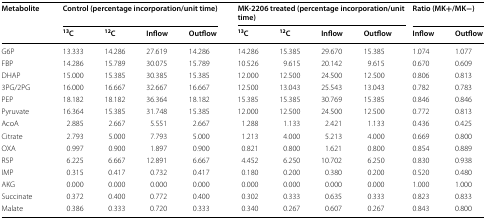
<table><thead><tr><td rowspan="2"><b>Metabolite</b></td><td colspan="4"><b>Control (percentage incorporation/unit time)</b></td><td colspan="4"><b>MK-2206 treated (percentage incorporation/unit time)</b></td><td colspan="2"><b>Ratio (MK+/MK−)</b></td></tr><tr><td><b><sup>13</sup>C</b></td><td><b><sup>12</sup>C</b></td><td><b>Inflow</b></td><td><b>Outflow</b></td><td><b><sup>13</sup>C</b></td><td><b><sup>12</sup>C</b></td><td><b>Inflow</b></td><td><b>Outflow</b></td><td><b>Inflow</b></td><td><b>Outflow</b></td></tr></thead><tbody><tr><td>G6P</td><td>13.333</td><td>14.286</td><td>27.619</td><td>14.286</td><td>14.286</td><td>15.385</td><td>29.670</td><td>15.385</td><td>1.074</td><td>1.077</td></tr><tr><td>FBP</td><td>14.286</td><td>15.789</td><td>30.075</td><td>15.789</td><td>10.526</td><td>9.615</td><td>20.142</td><td>9.615</td><td>0.670</td><td>0.609</td></tr><tr><td>DHAP</td><td>15.000</td><td>15.385</td><td>30.385</td><td>15.385</td><td>12.000</td><td>12.500</td><td>24.500</td><td>12.500</td><td>0.806</td><td>0.813</td></tr><tr><td>3PG/2PG</td><td>16.000</td><td>16.667</td><td>32.667</td><td>16.667</td><td>12.500</td><td>13.043</td><td>25.543</td><td>13.043</td><td>0.782</td><td>0.783</td></tr><tr><td>PEP</td><td>18.182</td><td>18.182</td><td>36.364</td><td>18.182</td><td>15.385</td><td>15.385</td><td>30.769</td><td>15.385</td><td>0.846</td><td>0.846</td></tr><tr><td>Pyruvate</td><td>16.364</td><td>15.385</td><td>31.748</td><td>15.385</td><td>12.000</td><td>12.500</td><td>24.500</td><td>12.500</td><td>0.772</td><td>0.813</td></tr><tr><td>AcoA</td><td>2.885</td><td>2.667</td><td>5.551</td><td>2.667</td><td>1.288</td><td>1.133</td><td>2.421</td><td>1.133</td><td>0.436</td><td>0.425</td></tr><tr><td>Citrate</td><td>2.793</td><td>5.000</td><td>7.793</td><td>5.000</td><td>1.213</td><td>4.000</td><td>5.213</td><td>4.000</td><td>0.669</td><td>0.800</td></tr><tr><td>OXA</td><td>0.997</td><td>0.900</td><td>1.897</td><td>0.900</td><td>0.821</td><td>0.800</td><td>1.621</td><td>0.800</td><td>0.854</td><td>0.889</td></tr><tr><td>R5P</td><td>6.225</td><td>6.667</td><td>12.891</td><td>6.667</td><td>4.452</td><td>6.250</td><td>10.702</td><td>6.250</td><td>0.830</td><td>0.938</td></tr><tr><td>IMP</td><td>0.315</td><td>0.417</td><td>0.732</td><td>0.417</td><td>0.180</td><td>0.200</td><td>0.380</td><td>0.200</td><td>0.520</td><td>0.480</td></tr><tr><td>AKG</td><td>0.000</td><td>0.000</td><td>0.000</td><td>0.000</td><td>0.000</td><td>0.000</td><td>0.000</td><td>0.000</td><td>1.000</td><td>1.000</td></tr><tr><td>Succinate</td><td>0.372</td><td>0.400</td><td>0.772</td><td>0.400</td><td>0.302</td><td>0.333</td><td>0.635</td><td>0.333</td><td>0.823</td><td>0.833</td></tr><tr><td>Malate</td><td>0.386</td><td>0.333</td><td>0.720</td><td>0.333</td><td>0.340</td><td>0.267</td><td>0.607</td><td>0.267</td><td>0.843</td><td>0.800</td></tr></tbody></table>